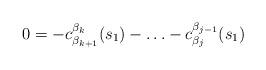
LaTeX: \begin{align*}0=-c^{\beta_k}_{\beta_{k+1}}(s_1)-\ldots-c^{\beta_{j-1}}_{\beta_{j}}(s_1)\end{align*}